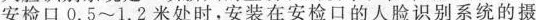
安检口0.5~1.2米处时，安装在安检口的人脸识别系统的摄